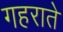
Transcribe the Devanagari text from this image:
गहराते